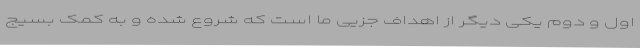
اول و دوم یکی دیگر از اهداف جزیی ما است که شروع شده و به کمک بسیج